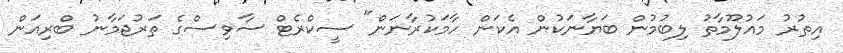
އިތުރު މައުލޫމާތު ލިބުމުން ބަޔާނަކުން އެކަން ހާމަކުރާނަން" ސީކްރެޓް ސާވިސްގެ ތަރުޖަމާނު ބްރިއަން